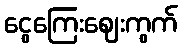
ငွေကြေးဈေးကွက်